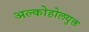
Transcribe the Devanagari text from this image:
अल्कोहोलयुक्त